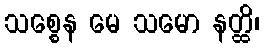
သစ္စေန မေ သမော နတ္ထိ၊